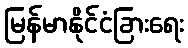
မြန်မာနိုင်ငံခြားရေး